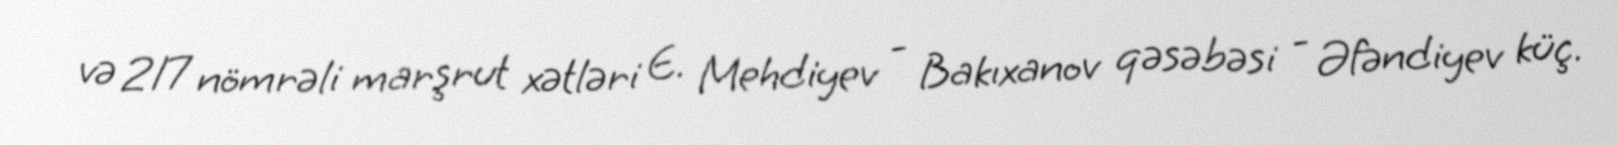
və 217 nömrəli marşrut xətləri E. Mehdiyev - Bakıxanov qəsəbəsi - Əfəndiyev küç.